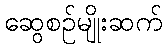
ဆွေစဉ်မျိုးဆက်